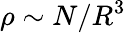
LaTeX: \rho\sim N/R^{3}